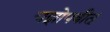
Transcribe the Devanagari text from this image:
यज्ञोपवीत्